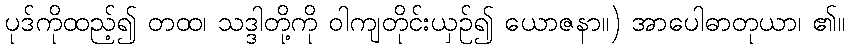
ပုဒ်ကိုထည့်၍ တထ၊ သဒ္ဒါတို့ကို ဝါကျတိုင်းယှဉ်၍ ယောဇနာ။) အာပေါဓာတုယာ၊ ၏။